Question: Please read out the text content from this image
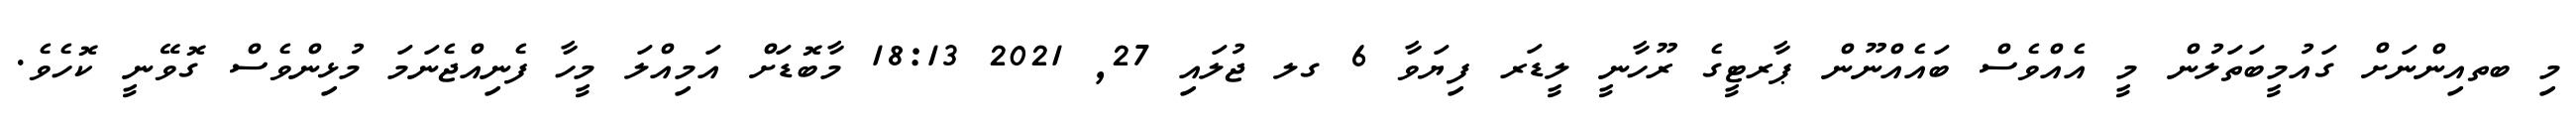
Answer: މި ބތއިންނަށް ގައުމީބަތަލުން މީ އެއްވެސް ބައެއްނޫން ޕާރޓީގެ ރޫހާނީ ލީޑަރ ފިޔަވާ 6 ގލ ޖުލައި 27, 2021 18:13 މާބޮޑަށް އަމިއްލަ މީހާ ފެނިއްޖެނަމަ މުޅިންވެސް ގޮވޭނީ ކޮހެވެ.